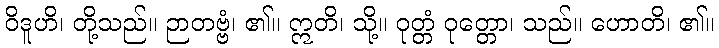
ဝိဒူဟိ၊ တို့သည်။ ဉာတဗ္ဗံ၊ ၏။ ဣတိ၊ သို့။ ဝုတ္တံ ဝုတ္တော၊ သည်။ ဟောတိ၊ ၏။